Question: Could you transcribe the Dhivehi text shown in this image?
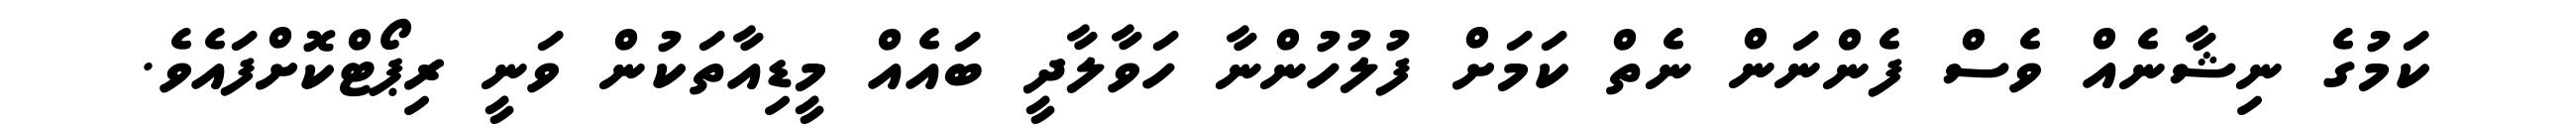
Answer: ކަމުގެ ނިޝާނެއް ވެސް ފެންނަން ނެތް ކަމަށް ފުލުހުންނާ ހަވާލާދީ ބައެއް މީޑިއާތަކުން ވަނީ ރިޕޯޓްކޮށްފައެވެ.